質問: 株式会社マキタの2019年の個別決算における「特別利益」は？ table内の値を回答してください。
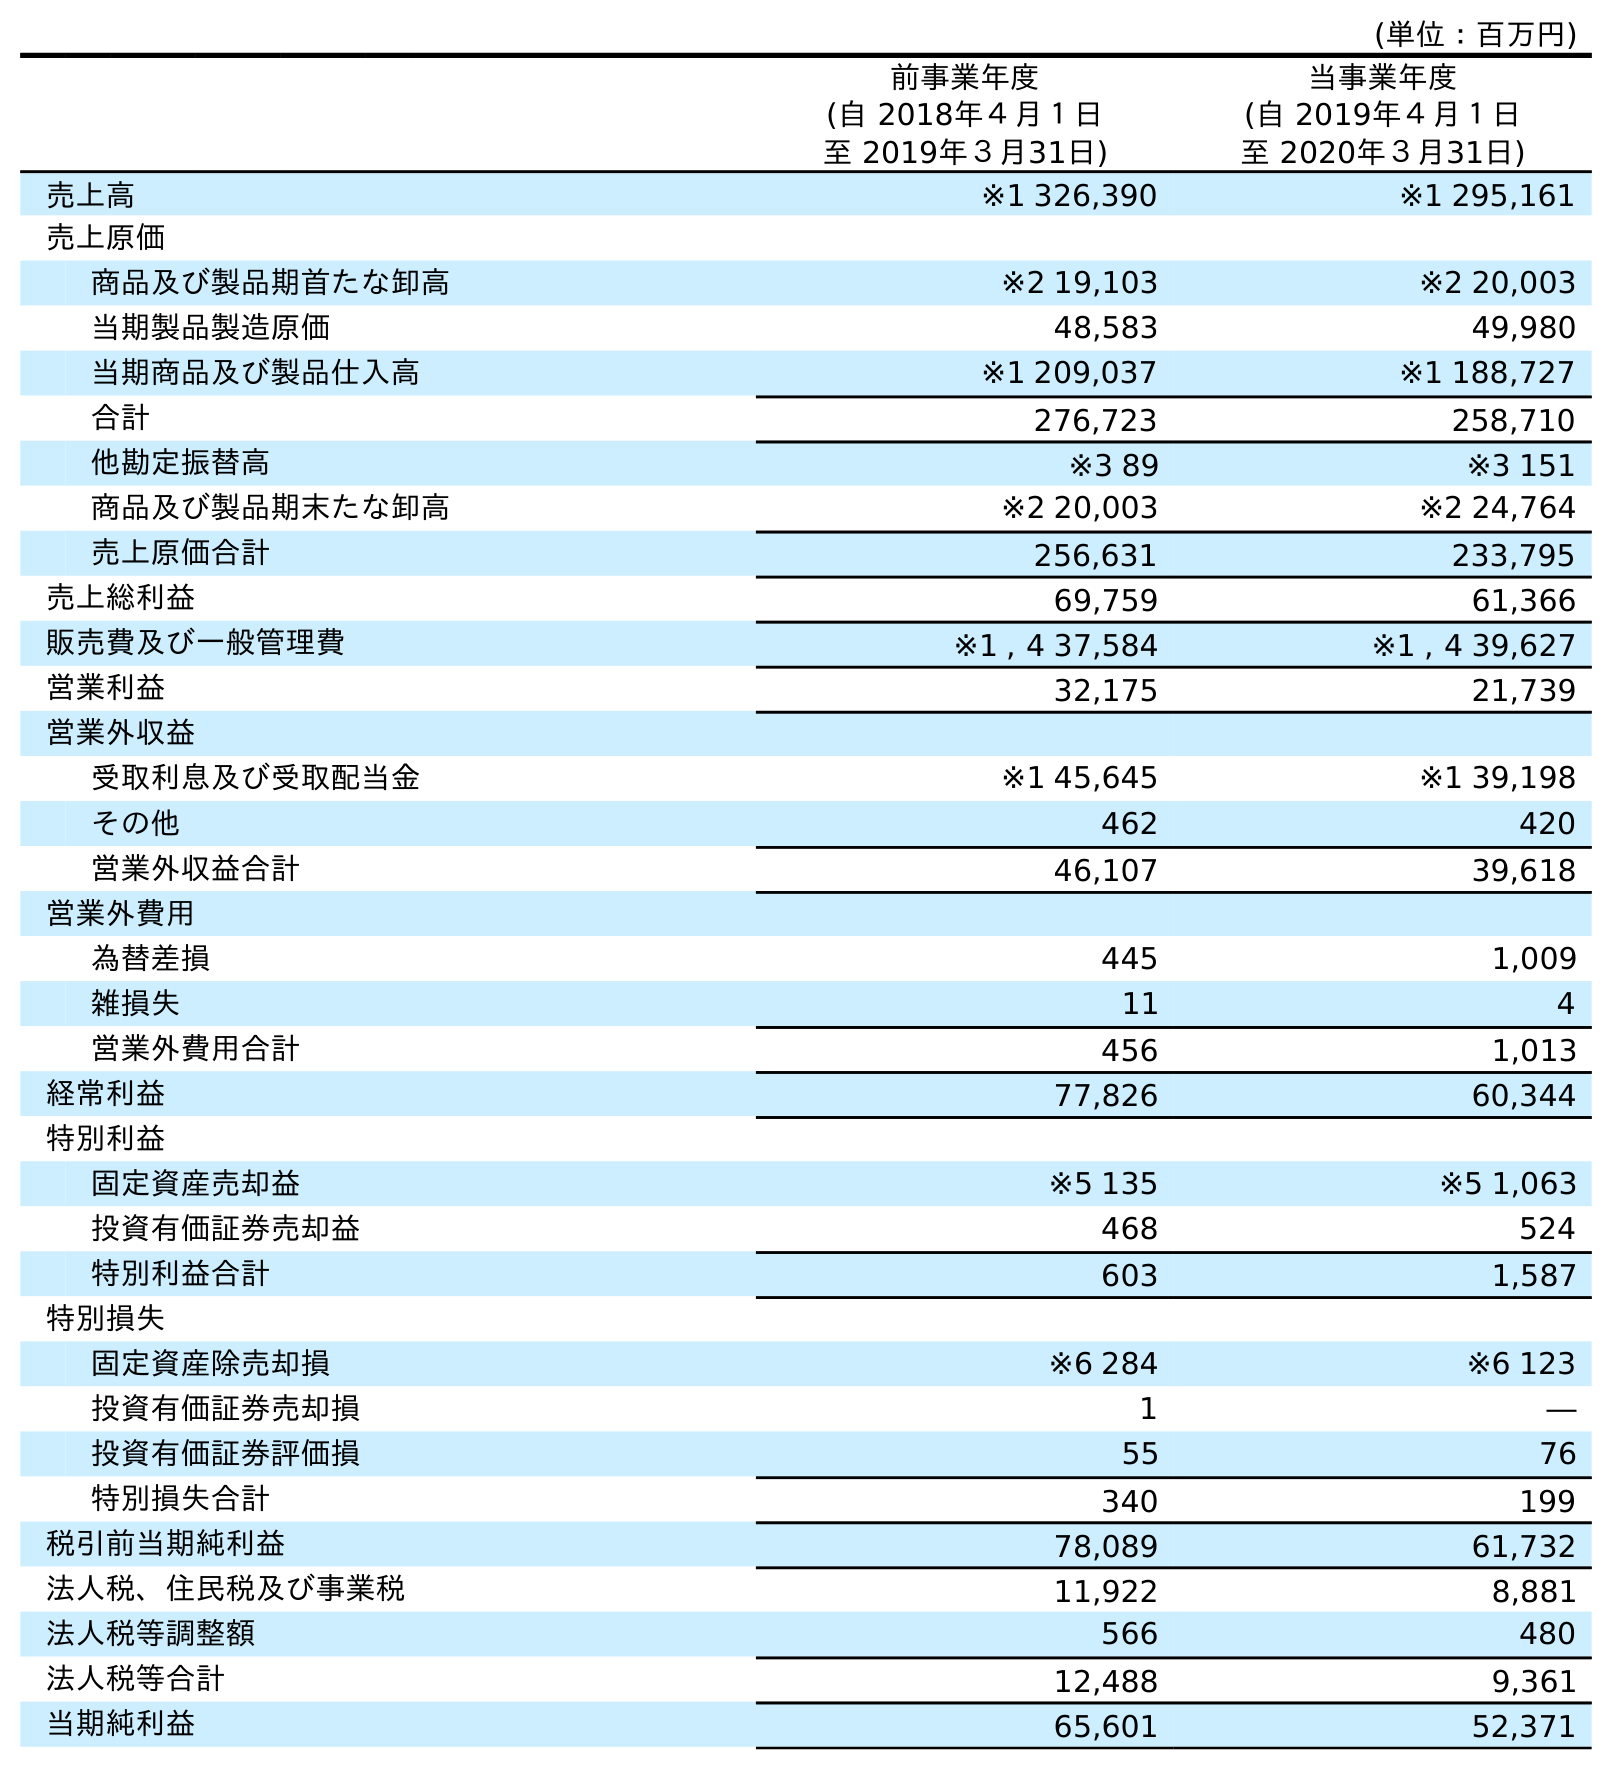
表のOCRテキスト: (単位：百万円) 前事業年度 (自 2018年４月１日 至 2019年３月31日) 当事業年度 (自 2019年４月１日 至 2020年３月31日) 売上高 ※1 326,390 ※1 295,161 売上原価 商品及び製品期首たな卸高 ※2 19,103 ※2 20,003 当期製品製造原価 48,583 49,980 当期商品及び製品仕入高 ※1 209,037 ※1 188,727 合計 276,723 258,710 他勘定振替高 ※3 89 ※3 151 商品及び製品期末たな卸高 ※2 20,003 ※2 24,764 売上原価合計 256,631 233,795 売上総利益 69,759 61,366 販売費及び一般管理費 ※1 , 4 37,584 ※1 , 4 39,627 営業利益 32,175 21,739 営業外収益 受取利息及び受取配当金 ※1 45,645 ※1 39,198 その他 462 420 営業外収益合計 46,107 39,618 営業外費用 為替差損 445 1,009 雑損失 11 4 営業外費用合計 456 1,013 経常利益 77,826 60,344 特別利益 固定資産売却益 ※5 135 ※5 1,063 投資有価証券売却益 468 524 特別利益合計 603 1,587 特別損失 固定資産除売却損 ※6 284 ※6 123 投資有価証券売却損 1 ― 投資有価証券評価損 55 76 特別損失合計 340 199 税引前当期純利益 78,089 61,732 法人税、住民税及び事業税 11,922 8,881 法人税等調整額 566 480 法人税等合計 12,488 9,361 当期純利益 65,601 52,371
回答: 603